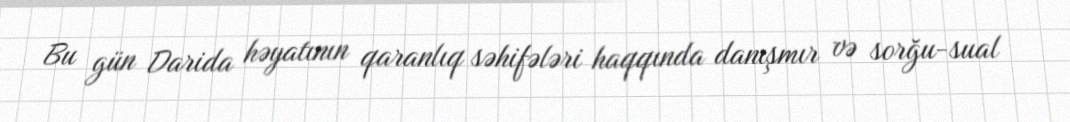
Bu gün Darida həyatının qaranlıq səhifələri haqqında danışmır və sorğu-sual